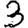
Digit: 3